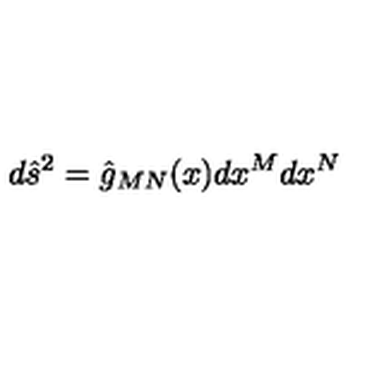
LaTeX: d { \hat { s } } ^ { 2 } = { \hat { g } } _ { M N } ( x ) d x ^ { M } d x ^ { N }